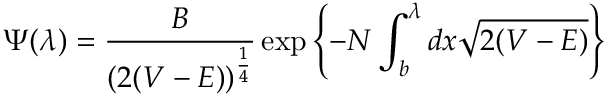
\Psi ( \lambda ) = \frac { B } { ( 2 ( V - E ) ) ^ { \frac { 1 } { 4 } } } \exp \left\{ - N \int _ { b } ^ { \lambda } d x \sqrt { 2 ( V - E ) } \right\}